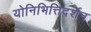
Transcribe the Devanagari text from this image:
योनिभित्तिदर्शन